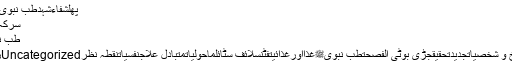
Tags: پھلشفاءشہدطب نبویﷺغذا اور غذائیت
سرکہ کے طبی اور غذائی فوائد
طبِ نبویﷺ کی سائنسی بنیادیں
زمرے زمرہ منتخب کریںUncategorizedبیوٹیپھلوں کے فائدےتاریخ و شخصیاتجدیدتحقیقجڑی بوٹی الفصحتطب نبویﷺغذااورغذائیتفٹنسلائف سٹائلماحولیاتمتبادل علاجنفسیاتنقطہ نظر